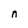
Character: n